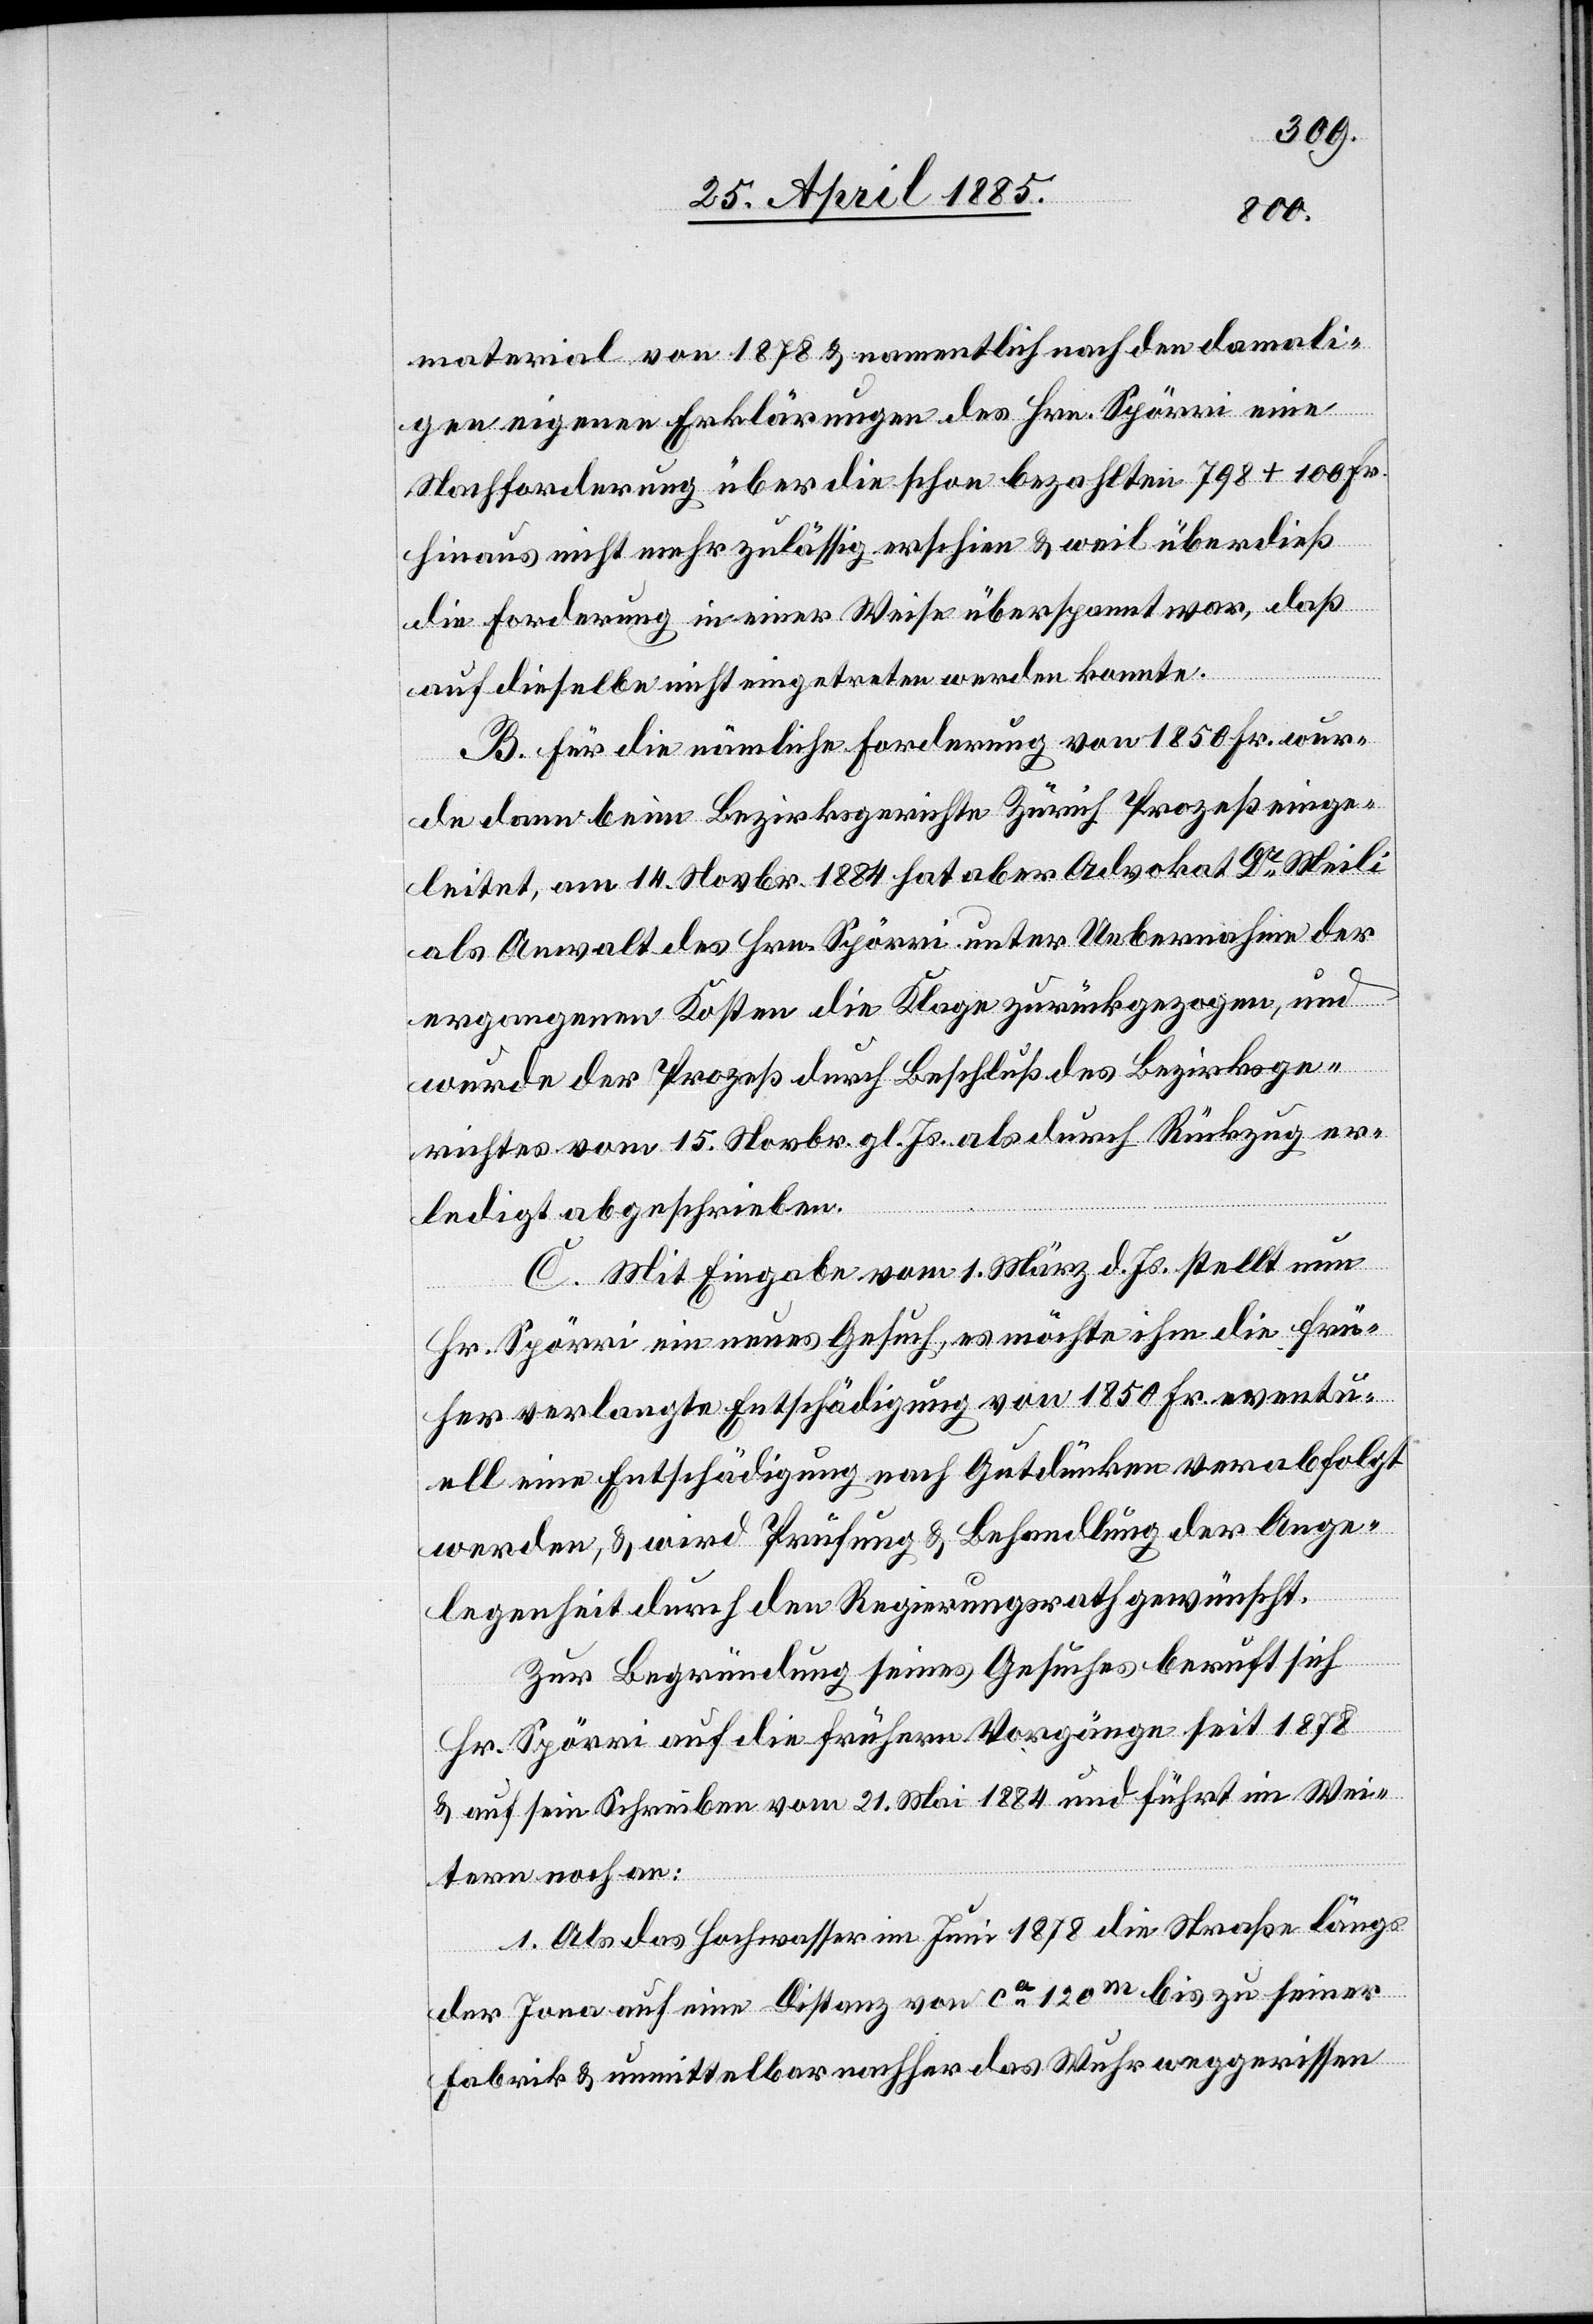
material von 1878 & namentlich nach den damali¬
gen eigenen Erklärungen des Hrn. Spörri eine
Nachforderung über die schon bezahlten 798 + 100 Fr.
hinaus nicht mehr zulässig erschien & weil überdieß
die Forderung in einer Weise überspannt war, daß
auf dieselbe nicht eingetreten werden konnte.
B. Für die nämliche Forderung von 1850 Fr. wur¬
de dann beim Bezirksgerichte Zürich Prozeß einge¬
leitet, am 14. Nov. 1884 hat aber Advokat Dr Meili
als Anwalt des Hrn. Spörri unter Uebernahme der
ergangenen Kosten die Klage zurückgezogen, und
wurde der Prozeß durch Beschluß des Bezirksge¬
richtes vom 15. Novbr. gl. Js. als durch Rückzug er¬
ledigt abgeschrieben.
C. Mit Eingabe vom 1. März d. Js. stellt nun
Hr. Spörri ein neues Gesuch, es möchte ihm die frü¬
her verlangte Entschädigung von 1850 Fr. eventu¬
ell eine Entschädigung nach Gutdünken verabfolgt
werden, & wird Prüfung & Behandlung der Ange¬
legenheit durch den Regierungsrath gewünscht.
Zur Begründung seines Gesuches beruft sich
Hr. Spörri auf die frühern Vorgänge seit 1878
& auf sein Schreiben vom 21. Mai 1884 und führt im Wei¬
tern noch an:
1. Als das Hochwasser im Juni 1878 die Straße längs
der Jona auf eine Distanz von ca 120 m bis zu seiner
Fabrik & unmittelbar nachher das Wuhr weggerissen